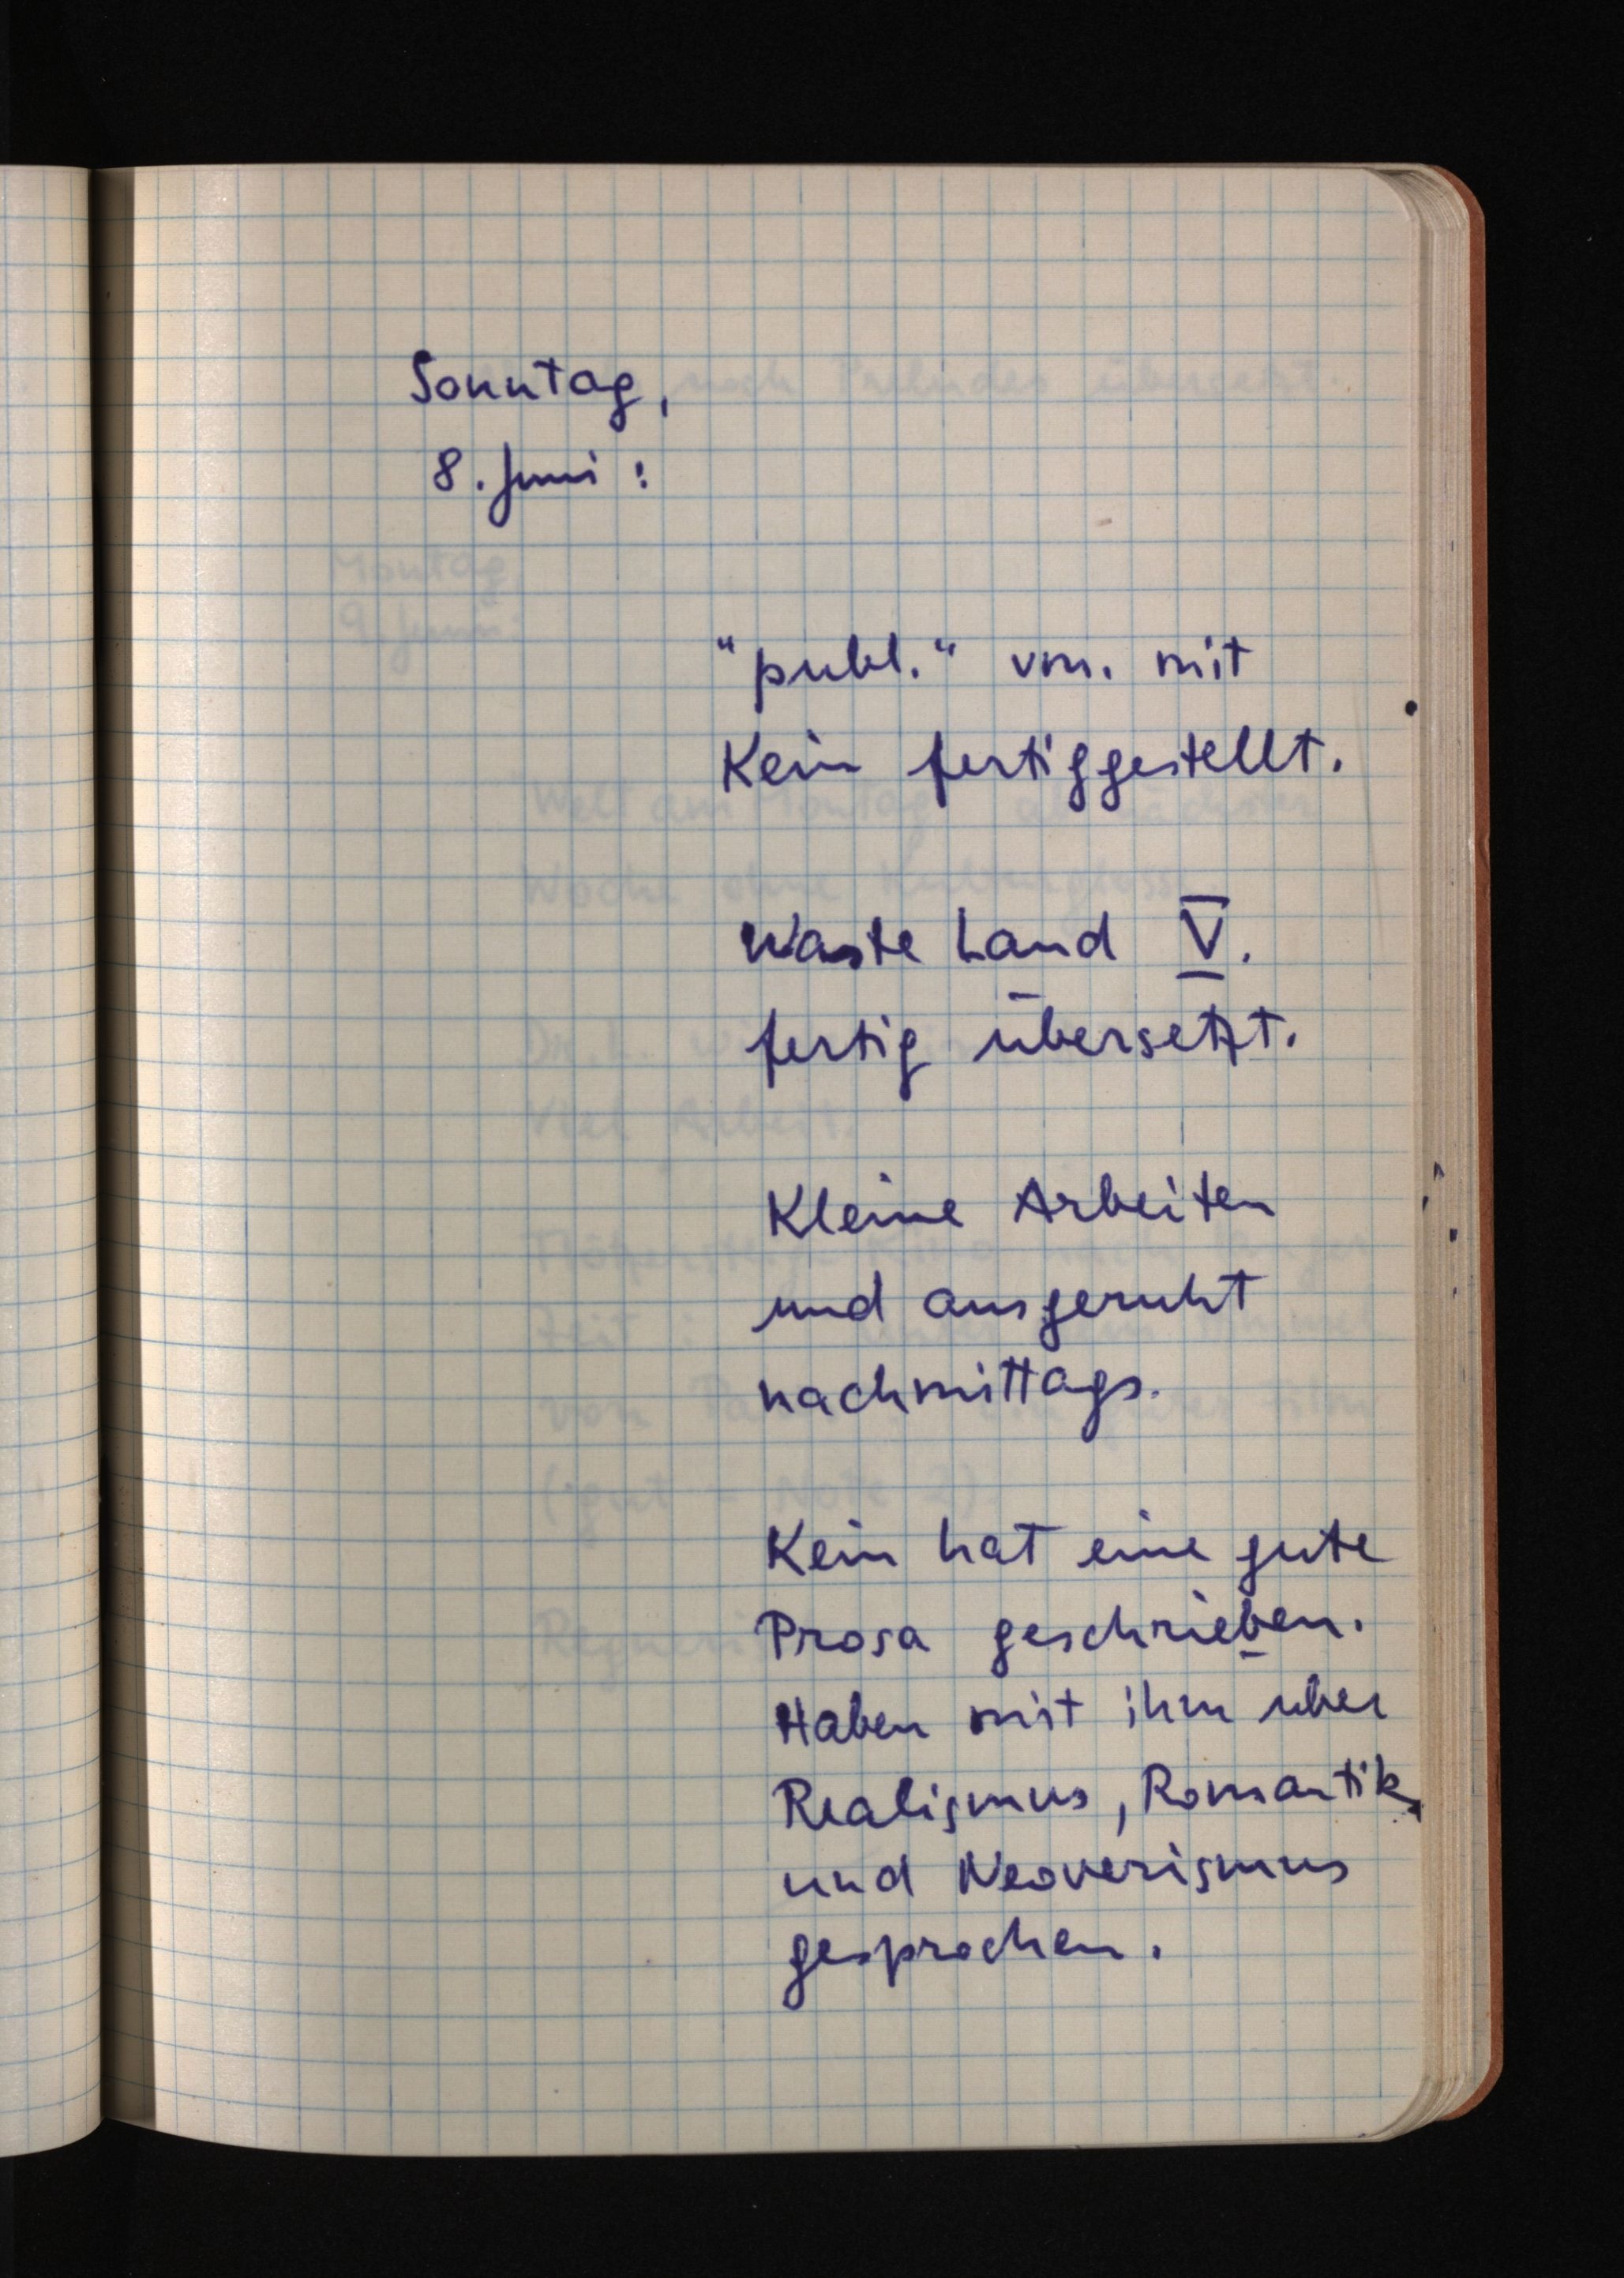
Sonntag,
8. Juni:
"publ." vm. mit
Kein fertiggestellt.
Waste Land V.
fertig übersetzt.
Kleine Arbeiten
und ausgeruht
nachmittags.
Kein hat eine gute
Prosa geschrieben.
Haben mit ihm über
Realismus, Romantik
und Neoverismus
gesprochen.